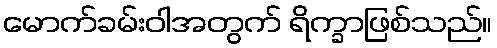
မောက်ခမ်းဝါအတွက် ရိက္ခာဖြစ်သည်။